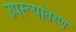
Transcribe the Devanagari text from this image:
उपरूपांतरण